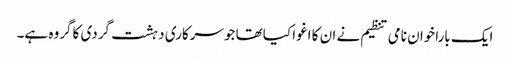
ایک باراخوان نامی تنظیم نے ان کا اغوا کیاتھا جوسرکاری دہشت گردی کاگروہ ہے۔